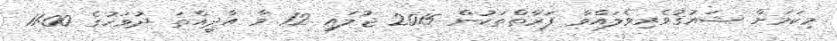
މިކަމަށް ޝައުޤުވެރިވެލައްވާ ފަރާތްތަކުން 2015 ޖުލައި 12 ވާ އާދީއްތަ ދުވަހުގެ 11:00